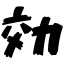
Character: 効